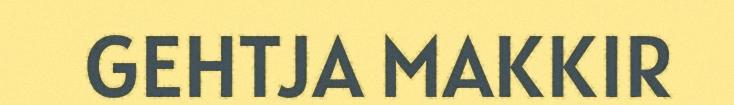
GEHTJA MAKKIR